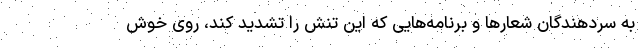
به سردهندگان شعارها و برنامه‌هایی که این تنش را تشدید کند، روی خوش